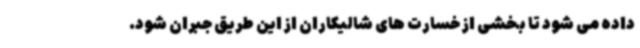
داده می شود تا بخشی از خسارت های شالیکاران از این طریق جبران شود.